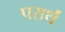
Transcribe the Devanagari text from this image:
परार्थं